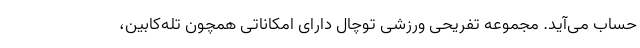
حساب می‌آید. مجموعه تفریحی ورزشی توچال دارای امکاناتی همچون تله‌کابین،